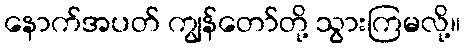
နောက်အပတ် ကျွန်တော်တို့ သွားကြမလို့။